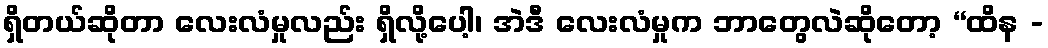
ရှိတယ်ဆိုတာ လေးလံမှုလည်း ရှိလို့ပေါ့၊ အဲဒီ လေးလံမှုက ဘာတွေလဲဆိုတော့ “ထိန -